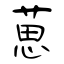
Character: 葸